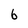
Character: b